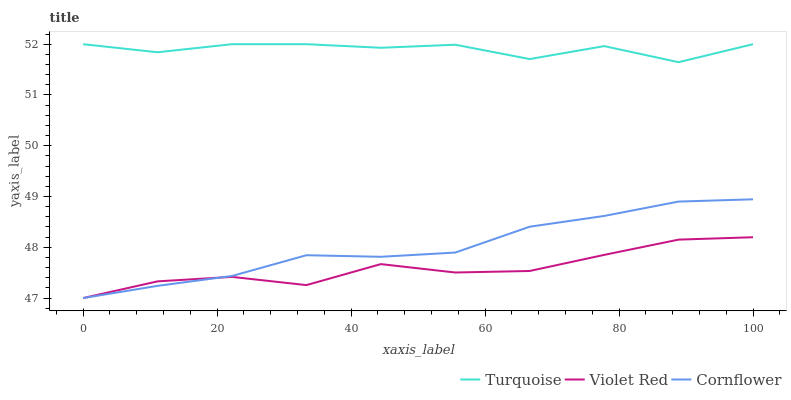
| xaxis_label | Turquoise | Violet Red | Cornflower |
 | --- | --- | --- | --- |
 | 0 | 52 | 47 | 47 |
 | 11.1 | 51.8 | 47.3 | 47.2 |
 | 22.2 | 52 | 47.4 | 47.4 |
 | 33.3 | 52 | 47.3 | 47.8 |
 | 44.4 | 51.9 | 47.7 | 47.8 |
 | 55.6 | 52 | 47.5 | 47.9 |
 | 66.7 | 51.7 | 47.5 | 48.4 |
 | 77.8 | 52 | 47.9 | 48.6 |
 | 88.9 | 51.6 | 48.2 | 48.9 |
 | 100 | 52 | 48.2 | 48.9 |